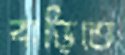
বাড়িতে